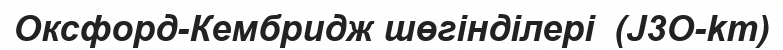
Оксфорд-Кембридж шөгінділері  (J3O-km)